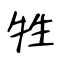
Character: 牲